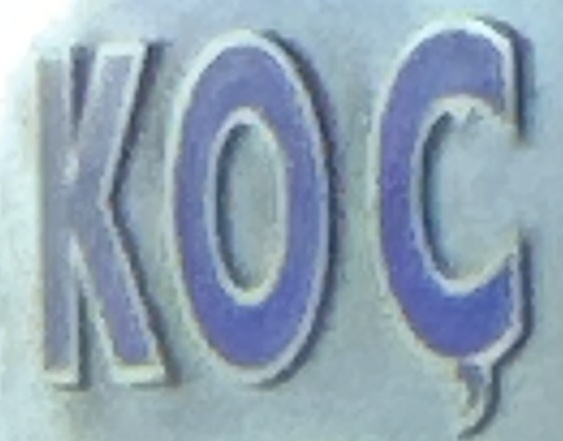
KOC